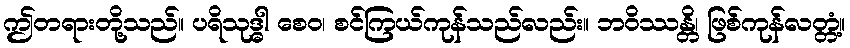
ဤတရားတို့သည်။ ပရိသုဒ္ဓါ စေဝ၊ စင်ကြယ်ကုန်သည်လည်း။ ဘဝိဿန္တိ၊ ဖြစ်ကုန်လတ္တံ့။